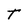
Character: T